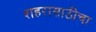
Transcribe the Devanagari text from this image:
शहरासाठीचा